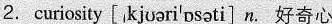
2. curiosity [ˌkjʊəriˈɒsəti]n.好奇心